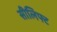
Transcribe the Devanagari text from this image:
सीलिफ्ट